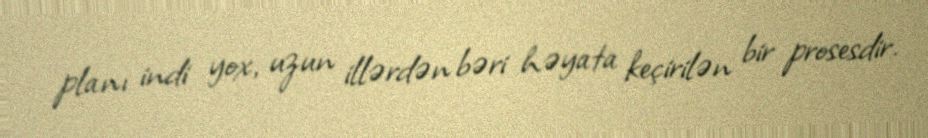
planı indi yox, uzun illərdən bəri həyata keçirilən bir prosesdir.